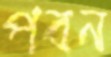
পবন